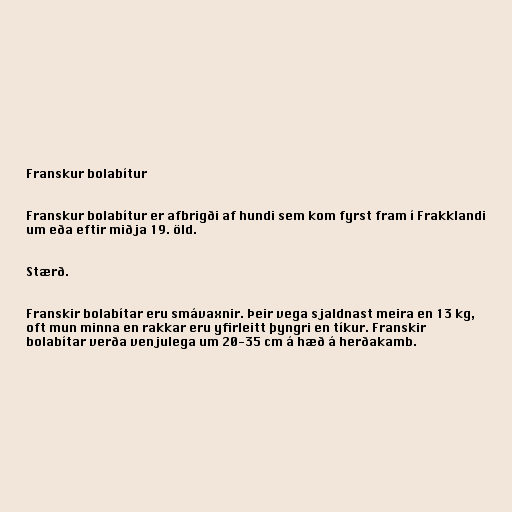
Franskur bolabítur

Franskur bolabítur er afbrigði af hundi sem kom fyrst fram í Frakklandi
um eða eftir miðja 19. öld.

Stærð.

Franskir bolabítar eru smávaxnir. Þeir vega sjaldnast meira en 13 kg,
oft mun minna en rakkar eru yfirleitt þyngri en tíkur. Franskir
bolabítar verða venjulega um 20-35 cm á hæð á herðakamb.